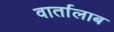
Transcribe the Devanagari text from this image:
वार्तालाब